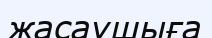
жасаушыға